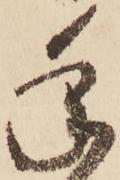
年